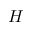
H